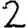
Digit: 2